Newspaper: Evening star. [volume]
Place of publication: Washington, D.C.
Publisher: W.D. Wallach & Hope
Date: 1895-04-04 00:00:00
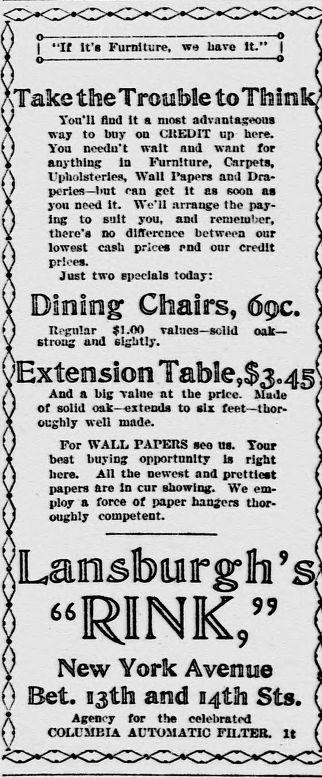
Advertisement text (OCR):
Sr 20. t " If It's Furniture, we have It." Take the Trouble toThin Youll find It a most advantageons way to hey on CRDIT up- bere. Yoe needn't wait and want for anything in Furniture, Carpets, Upholsteries, Walt P'apera and Dra pertes-bmt can gut It an seen an yea need It. Well arrange the pay lug to eolt you, and remember, there's nodIference between our lowest cash prIces end our eredit prices. Jest two spercia todayt Dining Chairs, 6gc. stron' ad atil,."'-d k xtension Table,$ of solid cak-extenda to sIa foot-hr oughly welt made. Fur WALL PAPERSt see us. Teur heat boying opportunity in rIght hers. Alt the neweet and prettiest papers Sre in cr showing. We em ploy a forre of paper hangera thor. oughty coompetent. 66RINK,'' New York Avenue Bet. 13th and 14th Sts. Agnyfor the celebrated COUBAAUTOMATIO FILTt. It
Label: text-only